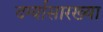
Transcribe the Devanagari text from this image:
दर्ग्यासारख्या